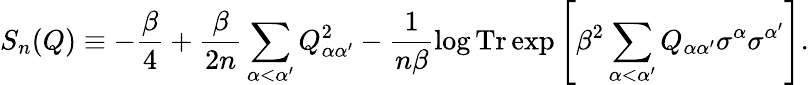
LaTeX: S_{n}(Q)\equiv-\frac{\beta}{4}+\frac{\beta}{2n}\sum_{\alpha<\alpha^{\prime}}Q_{\alpha\alpha^{\prime}}^{2}-\frac{1}{n\beta}\log{\textrm{Tr}\exp{\left[\beta^{2}\sum_{\alpha<\alpha^{\prime}}Q_{\alpha\alpha^{\prime}}\sigma^{\alpha}\sigma^{\alpha^{\prime}}\right]}}.